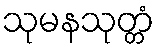
သုမနသုတ္တံ